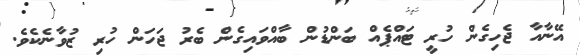
އޭނާއާ ޖެހިގެން ހުރީ ޓައްޕެއް ބަންޑުން ބާއްވައިގެން ބެރު ޖަހަން ހުރި ޒުވާނެެކެވެ.